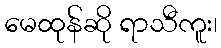
မေထုန်ဆို ရာသီကူး၊